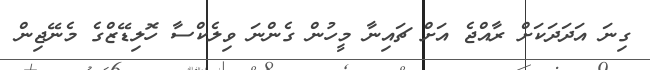
ގިނަ އަދަދަކަށް ރާއްޖެ އަށް ޗައިނާ މީހުން ގެންނަ ވިލެކްސާ ހޮލިޑޭޒްގެ މެނޭޖިން